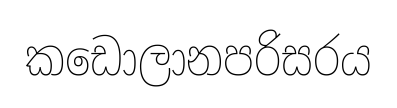
කඩොලානපරිසරය